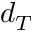
d _ { T }